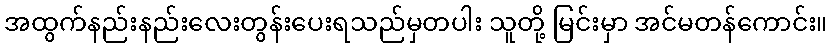
အထွက်နည်းနည်းလေးတွန်းပေးရသည်မှတပါး သူတို့ မြင်းမှာ အင်မတန်ကောင်း။